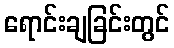
ရောင်းချခြင်းတွင်